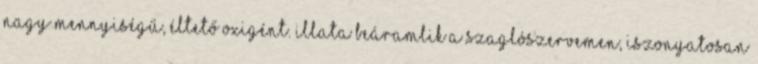
nagy mennyiségű, éltető oxigént. Illata beáramlik a szaglószervemen, iszonyatosan